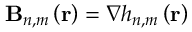
\mathbf { B } _ { n , m } \left( \mathbf { r } \right) = \nabla h _ { n , m } \left( \mathbf { r } \right)